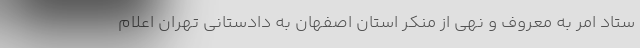
ستاد امر به معروف و نهی از منکر استان اصفهان به دادستانی تهران اعلام